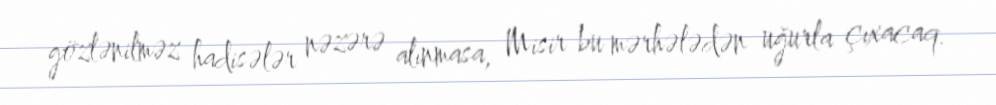
gözlənilməz hadisələr nəzərə alınmasa, Misir bu mərhələdən uğurla çıxacaq.